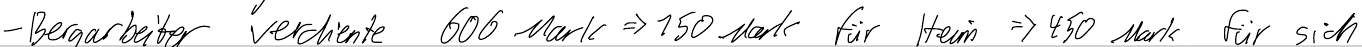
- Bergarbeiter verdiente 600 Mark => 150 Mark für Heim => 450 Mark für sich